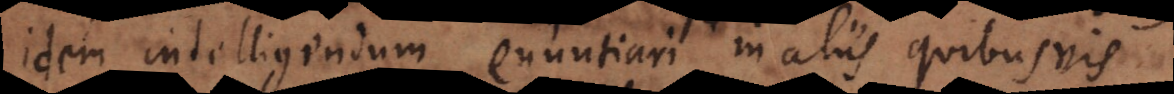
idem intelligendum enuntiari in aliis quibusvis